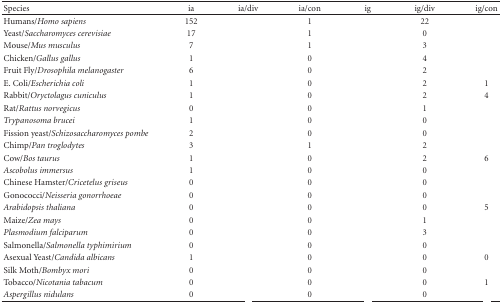
<table><thead><tr><td><b> Species</b></td><td><b> ia</b></td><td><b> ia/div</b></td><td><b> ia/con</b></td><td><b> ig</b></td><td><b> ig/div</b></td><td><b> ig/con</b></td></tr></thead><tbody><tr><td>Humans/<i>Homo sapiens </i></td><td> 152</td><td>[EMPTY_CELL]</td><td> 1</td><td>[EMPTY_CELL]</td><td> 22</td><td>[EMPTY_CELL]</td></tr><tr><td>Yeast/<i>Saccharomyces cerevisiae </i></td><td> 17</td><td>[EMPTY_CELL]</td><td> 1</td><td>[EMPTY_CELL]</td><td> 0</td><td>[EMPTY_CELL]</td></tr><tr><td>Mouse/<i>Mus musculus </i></td><td> 7</td><td>[EMPTY_CELL]</td><td> 1</td><td>[EMPTY_CELL]</td><td> 3</td><td>[EMPTY_CELL]</td></tr><tr><td>Chicken/<i>Gallus gallus </i></td><td> 1</td><td>[EMPTY_CELL]</td><td> 0</td><td>[EMPTY_CELL]</td><td> 4</td><td>[EMPTY_CELL]</td></tr><tr><td>Fruit Fly/<i>Drosophila melanogaster </i></td><td> 6</td><td>[EMPTY_CELL]</td><td> 0</td><td>[EMPTY_CELL]</td><td> 2</td><td>[EMPTY_CELL]</td></tr><tr><td>E. Coli/<i>Escherichia coli </i></td><td> 1</td><td>[EMPTY_CELL]</td><td> 0</td><td>[EMPTY_CELL]</td><td> 2</td><td> 1</td></tr><tr><td>Rabbit/<i>Oryctolagus cuniculus </i></td><td> 1</td><td>[EMPTY_CELL]</td><td> 0</td><td>[EMPTY_CELL]</td><td> 2</td><td> 4</td></tr><tr><td>Rat/<i>Rattus norvegicus </i></td><td> 0</td><td>[EMPTY_CELL]</td><td> 0</td><td>[EMPTY_CELL]</td><td> 1</td><td>[EMPTY_CELL]</td></tr><tr><td><i>Trypanosoma brucei</i></td><td> 1</td><td>[EMPTY_CELL]</td><td> 0</td><td>[EMPTY_CELL]</td><td> 0</td><td>[EMPTY_CELL]</td></tr><tr><td>Fission yeast/<i>Schizosaccharomyces pombe </i></td><td> 2</td><td>[EMPTY_CELL]</td><td> 0</td><td>[EMPTY_CELL]</td><td> 0</td><td>[EMPTY_CELL]</td></tr><tr><td>Chimp/<i>Pan troglodytes </i></td><td> 3</td><td>[EMPTY_CELL]</td><td> 1</td><td>[EMPTY_CELL]</td><td> 2</td><td>[EMPTY_CELL]</td></tr><tr><td>Cow/<i>Bos taurus </i></td><td> 1</td><td>[EMPTY_CELL]</td><td> 0</td><td>[EMPTY_CELL]</td><td> 2</td><td> 6</td></tr><tr><td><i>Ascobolus immersus</i></td><td> 1</td><td>[EMPTY_CELL]</td><td> 0</td><td>[EMPTY_CELL]</td><td> 0</td><td>[EMPTY_CELL]</td></tr><tr><td>Chinese Hamster/<i>Cricetelus griseus </i></td><td> 0</td><td>[EMPTY_CELL]</td><td> 0</td><td>[EMPTY_CELL]</td><td> 0</td><td>[EMPTY_CELL]</td></tr><tr><td>Gonococci/<i>Neisseria gonorrhoeae </i></td><td> 0</td><td>[EMPTY_CELL]</td><td> 0</td><td>[EMPTY_CELL]</td><td> 0</td><td>[EMPTY_CELL]</td></tr><tr><td><i>Arabidopsis thaliana</i></td><td> 0</td><td>[EMPTY_CELL]</td><td> 0</td><td>[EMPTY_CELL]</td><td> 0</td><td> 5</td></tr><tr><td>Maize/<i>Zea mays </i></td><td> 0</td><td>[EMPTY_CELL]</td><td> 0</td><td>[EMPTY_CELL]</td><td> 1</td><td>[EMPTY_CELL]</td></tr><tr><td><i>Plasmodium falciparum</i></td><td> 0</td><td>[EMPTY_CELL]</td><td> 0</td><td>[EMPTY_CELL]</td><td> 3</td><td>[EMPTY_CELL]</td></tr><tr><td>Salmonella/<i>Salmonella typhimirium </i></td><td> 0</td><td>[EMPTY_CELL]</td><td> 0</td><td>[EMPTY_CELL]</td><td> 0</td><td>[EMPTY_CELL]</td></tr><tr><td>Asexual Yeast/<i>Candida albicans </i></td><td> 1</td><td>[EMPTY_CELL]</td><td> 0</td><td>[EMPTY_CELL]</td><td> 0</td><td> 0</td></tr><tr><td>Silk Moth/<i>Bombyx mori </i></td><td> 0</td><td>[EMPTY_CELL]</td><td> 0</td><td>[EMPTY_CELL]</td><td> 0</td><td>[EMPTY_CELL]</td></tr><tr><td>Tobacco/<i>Nicotania tabacum </i></td><td> 0</td><td>[EMPTY_CELL]</td><td> 0</td><td>[EMPTY_CELL]</td><td> 0</td><td> 1</td></tr><tr><td><i>Aspergillus nidulans</i></td><td> 0</td><td>[EMPTY_CELL]</td><td> 0</td><td>[EMPTY_CELL]</td><td> 0</td><td>[EMPTY_CELL]</td></tr></tbody></table>